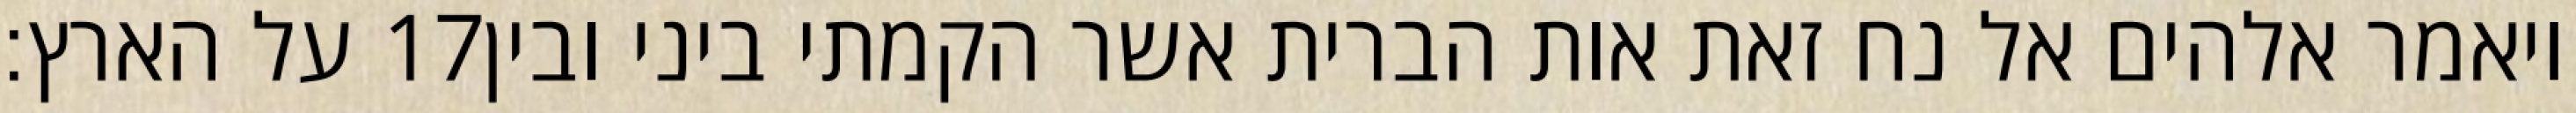
על הארץ׃ ‎17‏ ויאמר אלהים אל נח זאת אות הברית אשר הקמתי ביני ובין